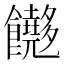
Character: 𬲢